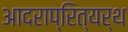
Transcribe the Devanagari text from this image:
आदराप्रित्यर्थ